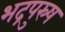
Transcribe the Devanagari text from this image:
भद्रपुस्र्ष